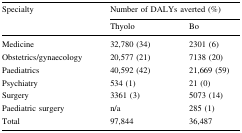
<table><thead><tr><td rowspan="2"><b>Specialty</b></td><td colspan="2"><b>Number of DALYs averted (%)</b></td></tr><tr><td><b>Thyolo</b></td><td><b>Bo</b></td></tr></thead><tbody><tr><td>Medicine</td><td>32,780 (34)</td><td>2301 (6)</td></tr><tr><td>Obstetrics/gynaecology</td><td>20,577 (21)</td><td>7138 (20)</td></tr><tr><td>Paediatrics</td><td>40,592 (42)</td><td>21,669 (59)</td></tr><tr><td>Psychiatry</td><td>534 (1)</td><td>21 (0)</td></tr><tr><td>Surgery</td><td>3361 (3)</td><td>5073 (14)</td></tr><tr><td>Paediatric surgery</td><td>n/a</td><td>285 (1)</td></tr><tr><td>Total</td><td>97,844</td><td>36,487</td></tr></tbody></table>